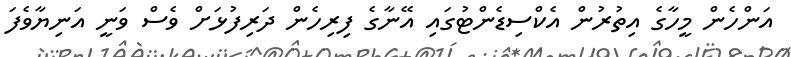
އަންހެން މީހާގެ އިތުރުން އެކްސިޑެންޓުގައި އޭނާގެ ފިރިހެން ދަރިފުޅަށް ވެސް ވަނީ އަނިޔާވެފަ